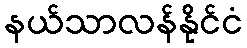
နယ်သာလန်နိုင်ငံ